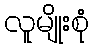
လူမျိုးစုံ